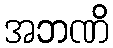
အဘဏိ